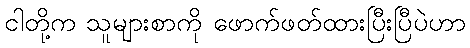
ငါတို့က သူများစာကို ဖောက်ဖတ်ထားပြီးပြီပဲဟာ